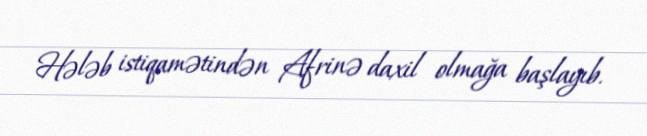
Hələb istiqamətindən Afrinə daxil olmağa başlayıb.